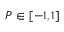
P \in [ - 1 , 1 ]